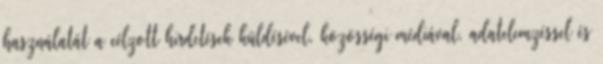
használatát a célzott hirdetések küldésével, közösségi médiával, adatelemzéssel és